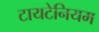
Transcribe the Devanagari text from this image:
टायटेनियम